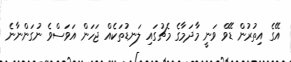
އޭގެ އިތުރުން ޑޭވް ވަނީ މާދަމާގެ މެޗުގައި ލަނޑުތަކެއް ޖަހަން އަވަސްވެ ނުގަންނާނެ